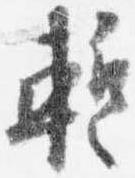
蹔